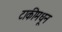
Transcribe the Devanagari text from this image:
टाकीमधून